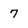
Character: 7